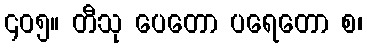
၄၀၅။ တီသု ပေတော ပရေတော စ၊